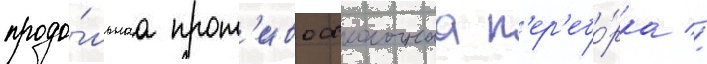
продо́льнаа прот'ивоосколочнаа п'ер'ебо́рка //